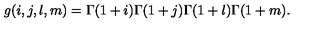
g ( i , j , l , m ) = \Gamma ( 1 + i ) \Gamma ( 1 + j ) \Gamma ( 1 + l ) \Gamma ( 1 + m ) .